Reports on dispensaries and lunatic asylums in the Province of Oudh - 1869-1876
Year: 1869
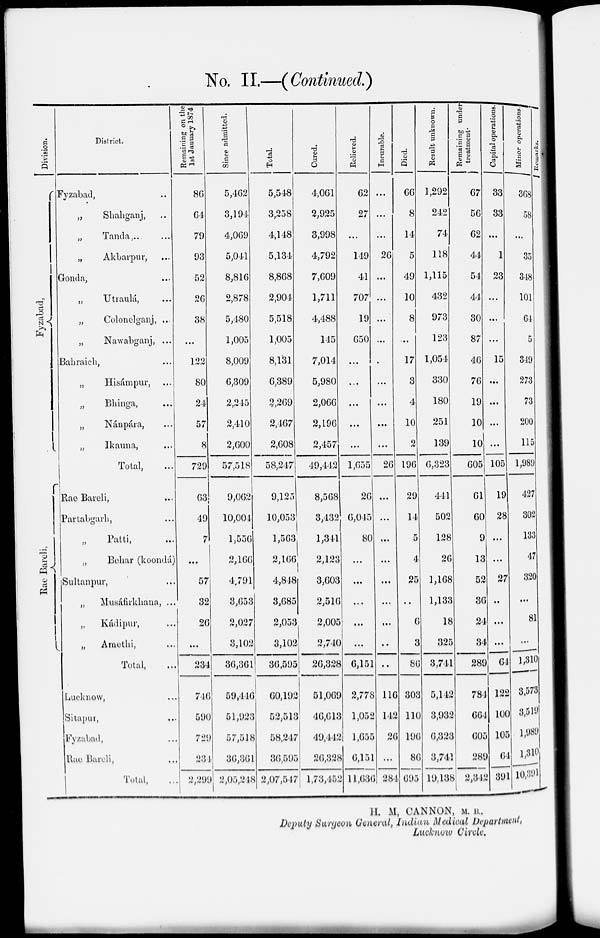
No. II.—(Continued.)
Division.
Fyzabad,
Rae Bareli,
District.
Fyzabad, ..
„
Shahganj, ..
„
Tanda... ...
„
Akbarpur, ...
Gonda, ...
„
Utraulá, ...
„
Colonelganj, ...
„
Nawabganj, ...
Bahraich, ...
„
Hisámpur, ...
„
Bhinga, ...
„
Nánpára, ...
„
Ikauna, ...
Total, ...
Rae Bareli, ...
Partabgarh, ...
„
Patti, ...
„
Behar (koondá)
Sultanpur, ...
„
Musáfirkhana, ...
„
Kádipur, ...
„ Amethi, ...
Total, ...
Lucknow, ...
Sitapur, ...
Fyzabad, ...
Rae Bareli, ...
Total, ...
Remaining on the
1st January 1874.
86
64
79
93
52
26
38
...
122
80
24
57
8
729
63
49
7
...
57
32
26
...
234
746
590
729
234
2,299
Since admitted.
5,462
3,194
4,069
5,041
8,816
2,878
5,480
1,005
8,009
6,309
2,245
2,410
2,600
57,518
9,062
10,004
1,556
2,166
4,791
3,653
2,027
3,102
36,361
59,446
51,923
57,518
36,361
2,05,248
Total.
5,548
3,258
4,148
5,134
8,868
2,904
5,518
1,005
8,131
6,389
3,269
2,467
2,608
58,247
9,125
10,053
1,563
2,166
4,848
3,685
2,053
3,102
36,595
60,192
52,513
58,247
36,595
2,07,547
Cured.
4,061
2,925
3,998
4,792
7,609
1,711
4,488
145
7,014
5,980
2,066
2,196
2,457
49,442
8,568
3,432
1,341
2,123
3,603
2,516
2,005
2,740
26,328
51,069
46,613
49,442
26,328
1,73,452
Relieved.
62
27
...
149
41
707
19
650
...
...
...
...
...
1,655
26
6,045
80
...
...
...
...
...
6,151
2,778
1,052
1,655
6,151
11,636
Incurable.
...
...
...
26
...
...
...
...
.
...
...
...
...
26
...
...
...
...
...
...
...
..
..
116
142
26
...
284
Died.
66
8
14
5
49
10
8
...
17
3
4
10
2
196
29
14
5
4
25
..
6
3
86
303
110
196
86
695
Result unknown.
1,292
242
74
118
1,115
432
973
123
1,054
330
180
251
139
6,323
441
502
128
26
1,168
1,133
18
325
3,741
5,142
3,932
6,323
3,741
19,138
Remaining under
treatment.
67
56
62
44
54
44
30
87
46
76
19
10
10
605
61
60
9
13
52
36
24
34
289
784
664
605
289
2,342
Capital operations.
33
33
...
1
23
...
...
...
15
...
...
...
...
105
19
28
...
...
27
..
...
...
64
122
100
105
64
391
Minor operations.
368
58
...
35
348
101
64
5
349
273
73
200
115
1,989
427
302
133
47
320
...
81
...
1,310
3,573
3,519
1,989
1,310
10,391
Remarks.
H. M, CANNON, M. B.,
Deputy Surgeon General, Indian Medical Department,
Lucknow Circle.